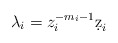
\begin{align*} \lambda_i = z_i^{-m_i-1}\d z_i \end{align*}